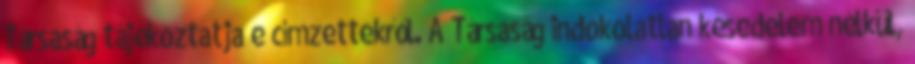
Társaság tájékoztatja e címzettekről. A Társaság indokolatlan késedelem nélkül,